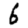
Digit: 6